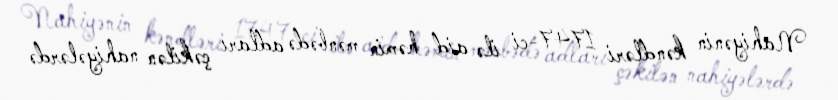
Nahiyənin kəndləri 1747-ci ilə aid həmin mənbədə adları çəkilən nahiyələrdə